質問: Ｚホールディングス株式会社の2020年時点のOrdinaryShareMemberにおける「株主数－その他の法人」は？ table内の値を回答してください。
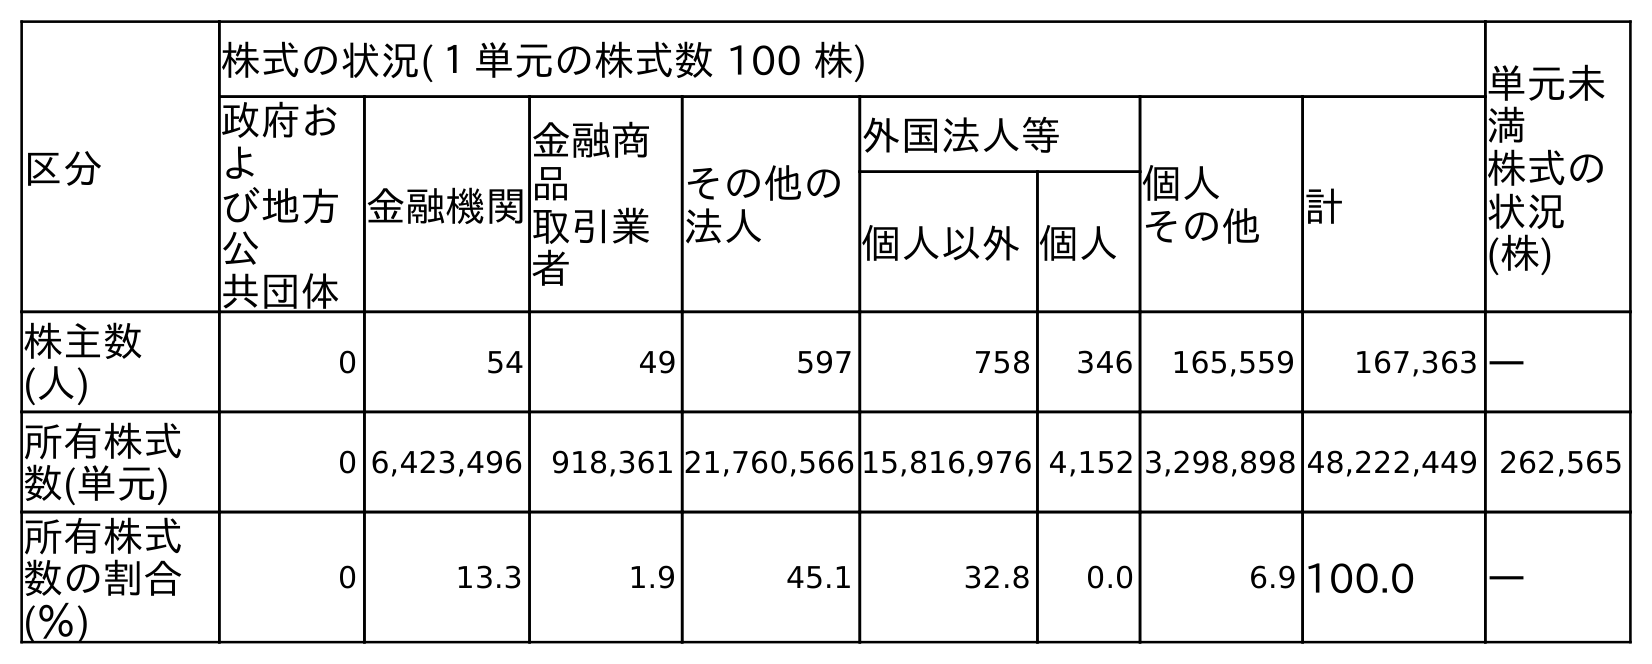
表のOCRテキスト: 区分 株式の状況(１単元の株式数 100 株) 単元未 満 株式の 状況 (株) 政府お よ び地方 公 共団体 金融機関 金融商 品 取引業 者 その他の 法人 外国法人等 個人 その他 計 個人以外個人 株主数 (人) 0 54 49 597 758 346 165,559 167,363 ― 所有株式 数(単元) 0 6,423,496 918,361 21,760,566 15,816,976 4,152 3,298,898 48,222,449 262,565 所有株式 数の割合 (％) 0 13.3 1.9 45.1 32.8 0.0 6.9 100.0 ―
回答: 597